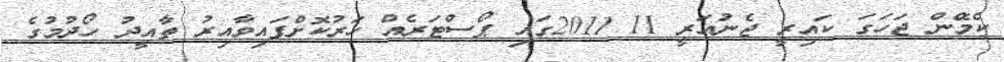
ކެމްޭން ޖަހަގަ ކައިރީ ޖެނުައަރީ 11 2011ގައި ޕޯސްޓަރެއް ހަރުކޮށްފައިވާއިރު ތާއީދު ހޯދުމުގެ